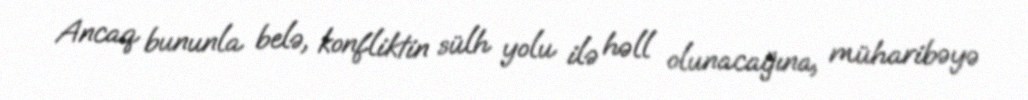
Ancaq bununla belə, konfliktin sülh yolu ilə həll olunacağına, müharibəyə